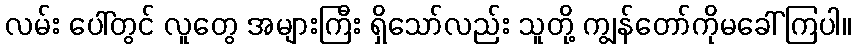
လမ်း ပေါ်တွင် လူတွေ အများကြီး ရှိသော်လည်း သူတို့ ကျွန်တော်ကိုမခေါ်ကြပါ။